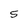
Character: S